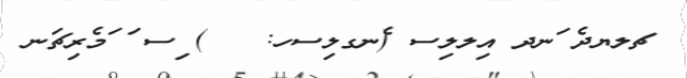
ޗލޔދެ ަނދ އިލލިސ (ެނގލިސހ:   ) ިސ ަ ަމެރިޗަނ